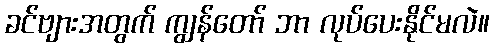
ခင်ဗျားအတွက် ကျွန်တော် ဘာ လုပ်ပေးနိုင်မလဲ။